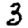
Digit: 3